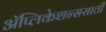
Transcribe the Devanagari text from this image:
ॲप्लिकेशन्ससाठी